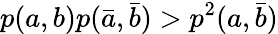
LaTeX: p(a,b)p(\bar{a},\bar{b})>p^{2}(a,\bar{b})